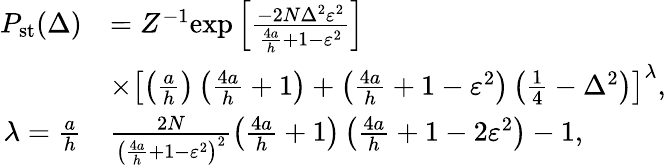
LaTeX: \begin{array}{rl}{P_{\mathrm{st}}(\Delta)}&{=Z^{-1}\mathrm{exp}\left[\frac{-2N\Delta^{2}\varepsilon^{2}}{\frac{4a}{h}+1-\varepsilon^{2}}\right]}\\ &{\times\left[\left(\frac{a}{h}\right)\left(\frac{4a}{h}+1\right)+\left(\frac{4a}{h}+1-\varepsilon^{2}\right)\left(\frac{1}{4}-\Delta^{2}\right)\right]^{\lambda},}\\ {\lambda=\frac{a}{h}}&{\frac{2N}{\left(\frac{4a}{h}+1-\varepsilon^{2}\right)^{2}}\left(\frac{4a}{h}+1\right)\left(\frac{4a}{h}+1-2\varepsilon^{2}\right)-1,}\end{array}